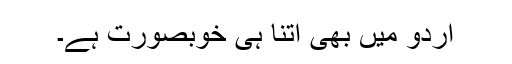
اُردو میں بھی اتنا ہی خوبصورت ہے۔